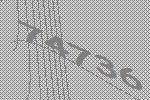
74736